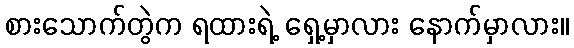
စားသောက်တွဲက ရထားရဲ့ ရှေ့မှာလား နောက်မှာလား။